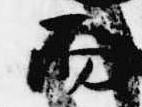
而